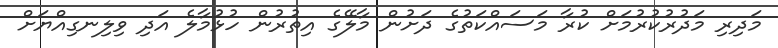
މަދިރި މަދުރުކުރުމަށް ކުރާ މަސައްކަތުގެ ދަށުން މާލޭގެ އިތުރުން ހުޅުމާލެ އަދި ވިލިނގިއްޔަށް